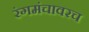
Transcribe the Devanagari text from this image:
रंगमंचावरच